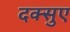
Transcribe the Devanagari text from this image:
दक्सुए